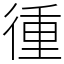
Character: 㣫